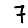
Digit: 7